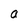
Character: a